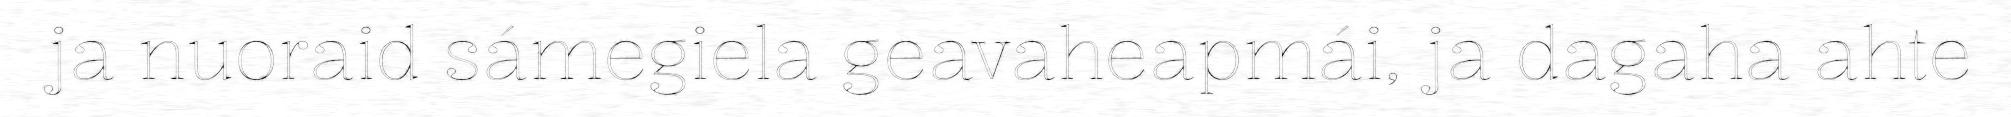
ja nuoraid sámegiela geavaheapmái, ja dagaha ahte